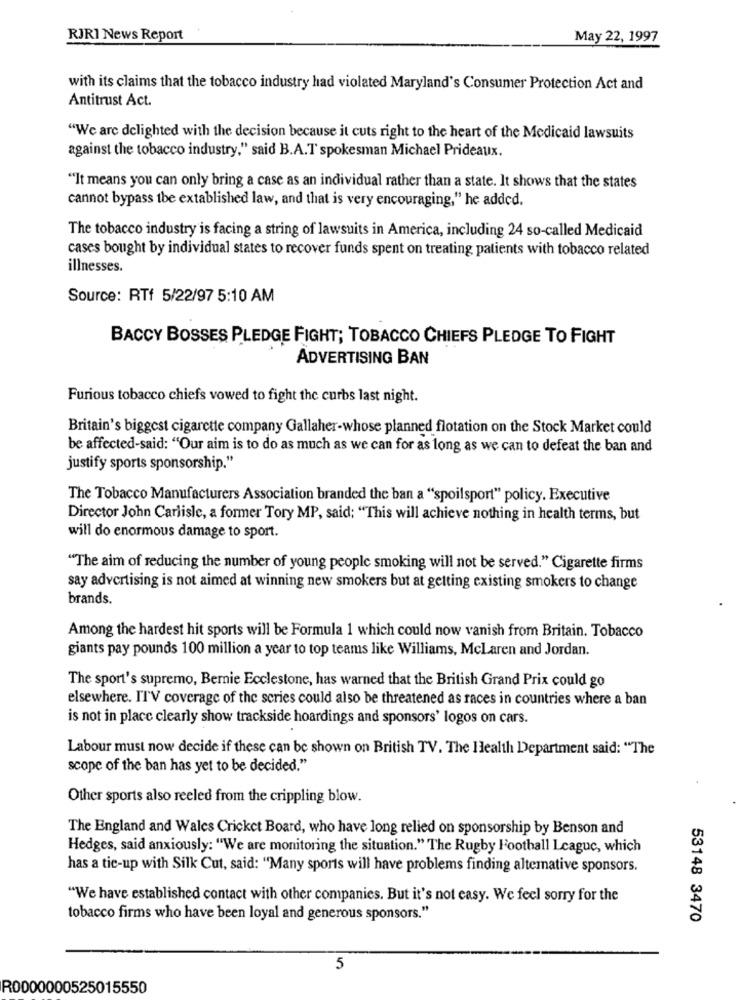
RJRI News Report
May 22, 1997
with its claims that the tobacco industry had violated Maryland's Consumer Protection Act and
Antitrust Act.
"We are delighted with the decision because it cuts right to the heart of the Medicaid lawsuits
against the tobacco industry," said B.A.T spokesman Michael Prideaux.
"It means you can only bring a case as an individual rather than a state. It shows that the states
cannot bypass tbe extablished law, and that is very encouraging," he added.
The tobacco industry is facing a string of lawsuits in America, including 24 so-called Medicaid
cases bought by individual states to recover funds spent on treating patients with tobacco related
illnesses.
Source: RTf 5/22/97 5:10 AM
BACCY BOSSES PLEDGE FIGHT; TOBACCO CHIEFS PLEDGE TO FIGHT
ADVERTISING BAN
Furious tobacco chiefs vowed to fight the curbs last night.
Britain's biggest cigarette company Gallaher-whose planned flotation on the Stock Market could
be affected-said: "Our aim is to do as much as we can for as long as we can to defeat the ban and
justify sports sponsorship."
The Tobacco Manufacturers Association branded the ban a "spoilsport" policy. Executive
Director John Carlisle, a former Tory MP, said: "This will achieve nothing in health terms, but
will do enormous damage to sport.
"The aim of reducing the number of young people smoking will not be served." Cigarette firms
say advertising is not aimed at winning new smokers but at getting existing smokers to change
brands.
Among the hardest hit sports will be Formula 1 which could now vanish from Britain. Tobacco
giants pay pounds 100 million a year to top teams like Williams, McLaren and Jordan.
The sport's supremo, Bernie Ecclestone, has warned that the British Grand Prix could go
elsewhere. ITV coverage of the series could also be threatened as races in countries where a ban
is not in place clearly show trackside hoardings and sponsors' logos on cars.
Labour must now decide if these can be shown on British TV. The Health Department said: "The
scope of the ban has yet to be decided."
Other sports also reeled from the crippling blow.
The England and Wales Cricket Board, who have long relied on sponsorship by Benson and
Hedges, said anxiously: "We are monitoring the situation." The Rugby Football League, which
has a tie-up with Silk Cut, said: "Many sports will have problems finding alternative sponsors.
"We have established contact with other companies. But it's not easy. We feel sorry for the
tobacco firms who have been loyal and generous sponsors."
53148 3470
5
R0000000525015550